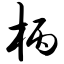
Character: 柄